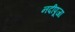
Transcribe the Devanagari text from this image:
नदीपूजा